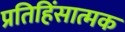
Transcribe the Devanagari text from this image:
प्रतिहिंसात्मक